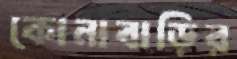
কোনাবাড়ির